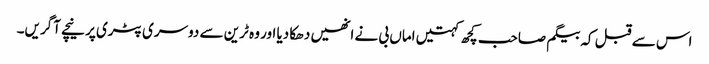
اس سے قبل کہ بیگم صاحب کچھ کہتیں اماں بی نے انھیں دھکا دیا اور وہ ٹرین سے دوسری پٹری پر نیچے آگریں۔